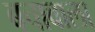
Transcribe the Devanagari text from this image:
बचावाला